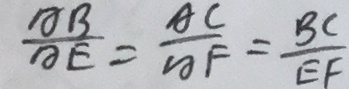
\frac { A B } { A E } = \frac { A C } { A F } = \frac { B C } { E F }